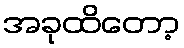
အခုထိတော့